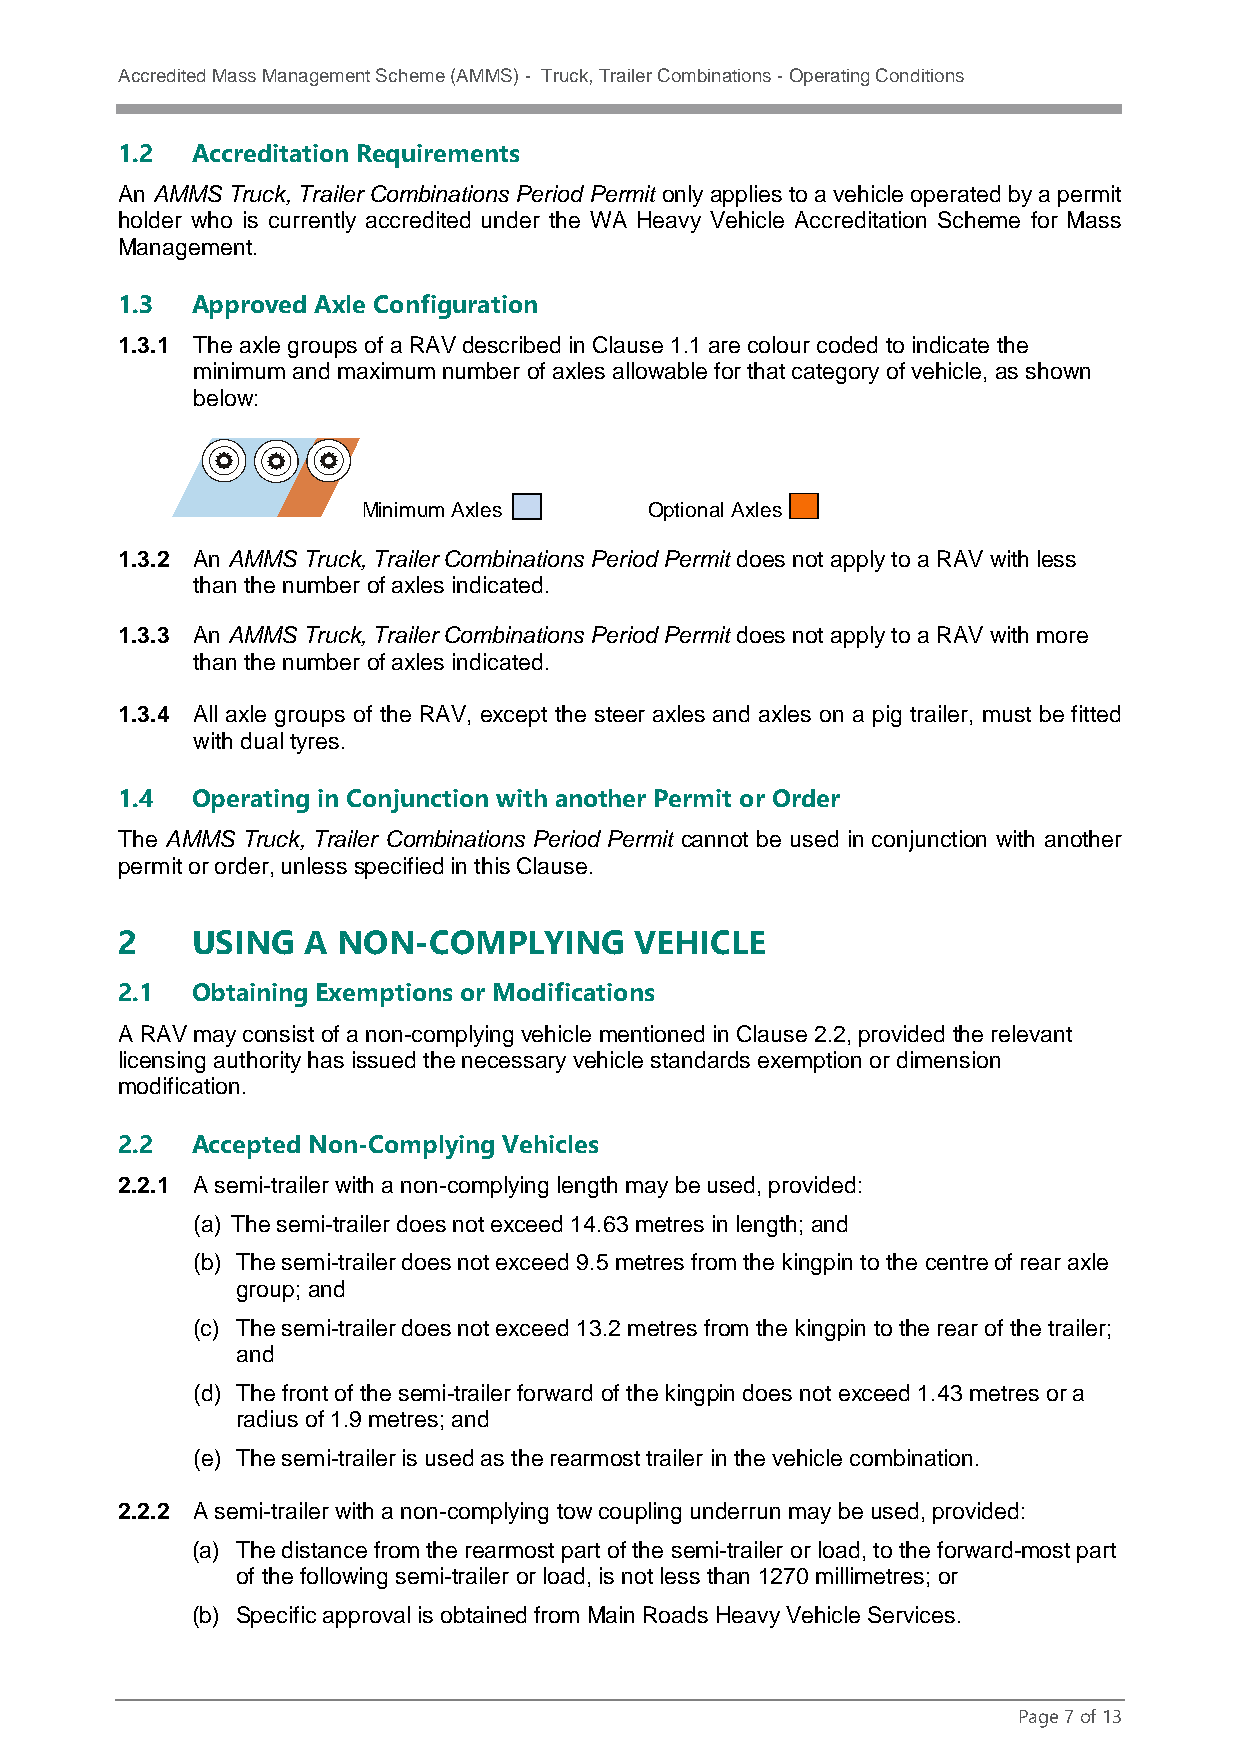
Accredited Mass Management Scheme (AMMS) - Truck, Trailer Combinations - Operating Conditions
 1.2  Accreditation Requirements
 An AMMS Truck, Trailer Combinations Period Permit only applies to a vehicle operated by a permit
 holder who is currently accredited under the WA Heavy Vehicle Accreditation Scheme for Mass
 Management.
 1.3  Approved Axle Configuration
 1.3.1 The axle groups of a RAV described in Clause 1.1 are colour coded to indicate the
 minimum and maximum number of axles allowable for that category of vehicle, as shown
 below:
 Minimum Axles      Optional Axles
 1.3.2 An AMMS Truck, Trailer Combinations Period Permit does not apply to a RAV with less
 than the number of axles indicated.
 1.3.3 An AMMS Truck, Trailer Combinations Period Permit does not apply to a RAV with more
 than the number of axles indicated.
 1.3.4 All axle groups of the RAV, except the steer axles and axles on a pig trailer, must be fitted
 with dual tyres.
 1.4  Operating in Conjunction with another Permit or Order
 The AMMS Truck, Trailer Combinations Period Permit cannot be used in conjunction with another
 permit or order, unless specified in this Clause.
 2    USING  A NON-COMPLYING       VEHICLE
 2.1  Obtaining Exemptions or Modifications
 A RAV may consist of a non-complying vehicle mentioned in Clause 2.2, provided the relevant
 licensing authority has issued the necessary vehicle standards exemption or dimension
 modification.
 2.2  Accepted Non-Complying Vehicles
 2.2.1 A semi-trailer with a non-complying length may be used, provided:
 (a) The semi-trailer does not exceed 14.63 metres in length; and
 (b) The semi-trailer does not exceed 9.5 metres from the kingpin to the centre of rear axle
 group; and
 (c) The semi-trailer does not exceed 13.2 metres from the kingpin to the rear of the trailer;
 and
 (d) The front of the semi-trailer forward of the kingpin does not exceed 1.43 metres or a
 radius of 1.9 metres; and
 (e) The semi-trailer is used as the rearmost trailer in the vehicle combination.
 2.2.2 A semi-trailer with a non-complying tow coupling underrun may be used, provided:
 (a) The distance from the rearmost part of the semi-trailer or load, to the forward-most part
 of the following semi-trailer or load, is not less than 1270 millimetres; or
 (b) Specific approval is obtained from Main Roads Heavy Vehicle Services.
 Page 7 of 13